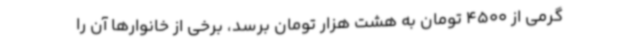
گرمی از 4500 تومان به هشت هزار تومان برسد، برخی از خانوارها آن را